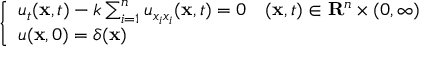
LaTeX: \left\{ \begin{array} { l l } { u _ { t } ( \mathbf { x } , t ) - k \sum _ { i = 1 } ^ { n } u _ { x _ { i } x _ { i } } ( \mathbf { x } , t ) = 0 } & { ( \mathbf { x } , t ) \in \mathbf { R } ^ { n } \times ( 0 , \infty ) } \\ { u ( \mathbf { x } , 0 ) = \delta ( \mathbf { x } ) } \end{array} \right.